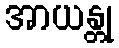
အာယန္တု